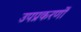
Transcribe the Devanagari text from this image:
उपप्रकरणों